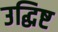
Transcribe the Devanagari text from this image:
उद्धिष्ट